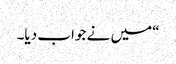
“میں نے جواب دیا۔